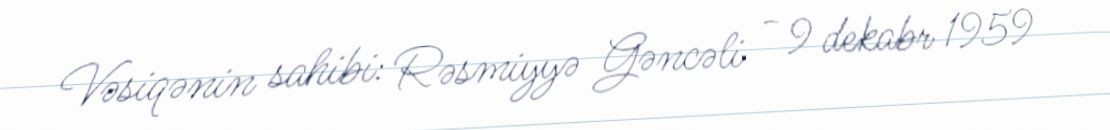
Vəsiqənin sahibi: Rəsmiyyə Gəncəli - 9 dekabr 1959